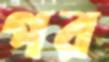
পর